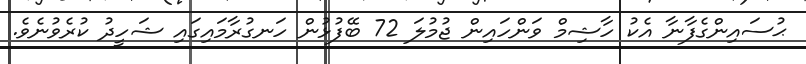
ޙުސައިންގެފާނާ އެކު ހާޝިމް ވަންހައިން ޖުމުލަ 72 ބޭފުޅުން ހަނގުރާމައިގައި ޝަހީދު ކުރެވުނެވެ.